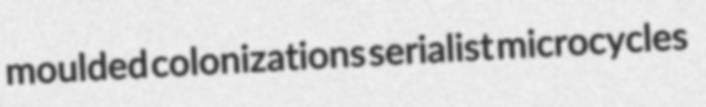
moulded colonizations serialist microcycles